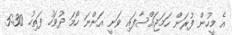
އެ މީހުން ފުރަން ހަމަޖައްސާފައި ވަނީ އަންނަ ހޯމަ ދުވަހު ފަތިހު 5:30